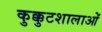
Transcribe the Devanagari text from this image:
कुक्कुटशालाओं